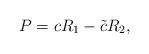
LaTeX: \begin{align*}P=c R_1-\tilde{c} R_2,\end{align*}